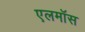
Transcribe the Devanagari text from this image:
एलमॉस